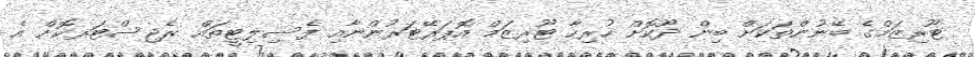
ޓޫރިޒަމްގެ ބޭނުންތަކަށް ބިން ދޫކޮށް ހުރިހާ ޓޫރިޒަމް އޮޕަރޭޓަރުންނާއި ފެސިލިޓީތައް ރެޖިސްޓަރކޮށް އެ